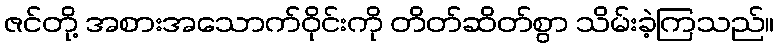
ဇင်တို့ အစားအသောက်ဝိုင်းကို တိတ်ဆိတ်စွာ သိမ်းခဲ့ကြသည်။